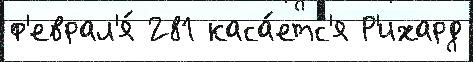
ф'еврал'я́ 281 каса́етс'я Р'ихард